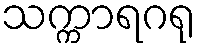
သက္ကာရဂရု